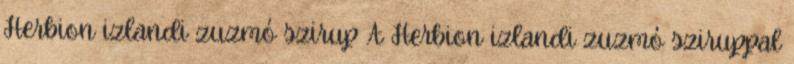
Herbion izlandi zuzmó szirup A Herbion izlandi zuzmó sziruppal